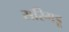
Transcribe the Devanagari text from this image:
सरिगडू